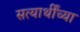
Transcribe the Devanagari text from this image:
सत्यार्थींच्या